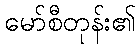
မော်စီတုန်း၏